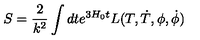
S = \frac { 2 } { k ^ { 2 } } \int { d t e ^ { 3 H _ { 0 } t } L ( T , \dot { T } , { \phi } , \dot { \phi } ) }